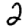
Digit: 2